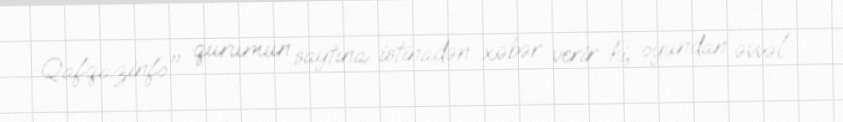
Qafqazinfo" qurumun saytına istinadən xəbər verir ki, oyundan əvvəl